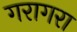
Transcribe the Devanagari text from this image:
गरागरा